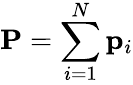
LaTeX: \mathbf{P}=\sum_{i=1}^{N}\mathbf{p}_{i}